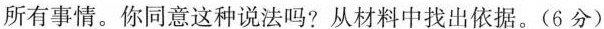
所有事情。你同意这种说法吗?从材料中找出依据。( 6 分 )